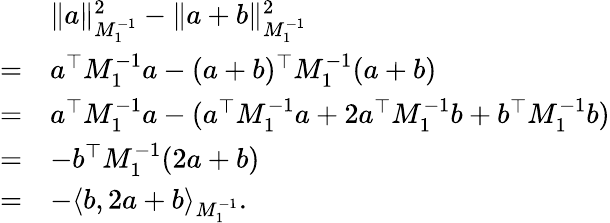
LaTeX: \begin{array}{rl}&{\Vert a\Vert_{M_{1}^{-1}}^{2}-\Vert a+b\Vert_{M_{1}^{-1}}^{2}}\\ {=}&{a^{\top}M_{1}^{-1}a-(a+b)^{\top}M_{1}^{-1}(a+b)}\\ {=}&{a^{\top}M_{1}^{-1}a-(a^{\top}M_{1}^{-1}a+2a^{\top}M_{1}^{-1}b+b^{\top}M_{1}^{-1}b)}\\ {=}&{-b^{\top}M_{1}^{-1}(2a+b)}\\ {=}&{-\langle b,2a+b\rangle_{M_{1}^{-1}}.}\end{array}